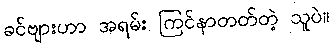
ခင်ဗျားဟာ အရမ်း ကြင်နာတတ်တဲ့ သူပဲ။